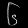
Digit: ၆